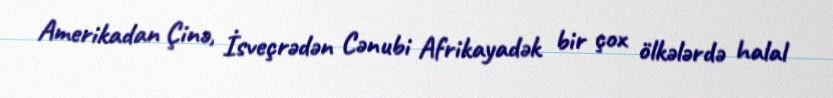
Amerikadan Çinə, İsveçrədən Cənubi Afrikayadək bir çox ölkələrdə halal